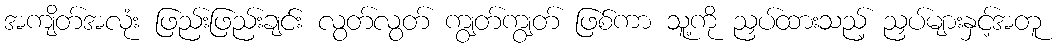
အကျိတ်အလုံး ဖြည်းဖြည်းချင်း လွတ်လွတ် ကျွတ်ကျွတ် ဖြစ်ကာ သူ့ကို ညှပ်ထားသည့် ညှပ်များနှင့်အတူ